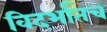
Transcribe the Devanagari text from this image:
विदर्भातच